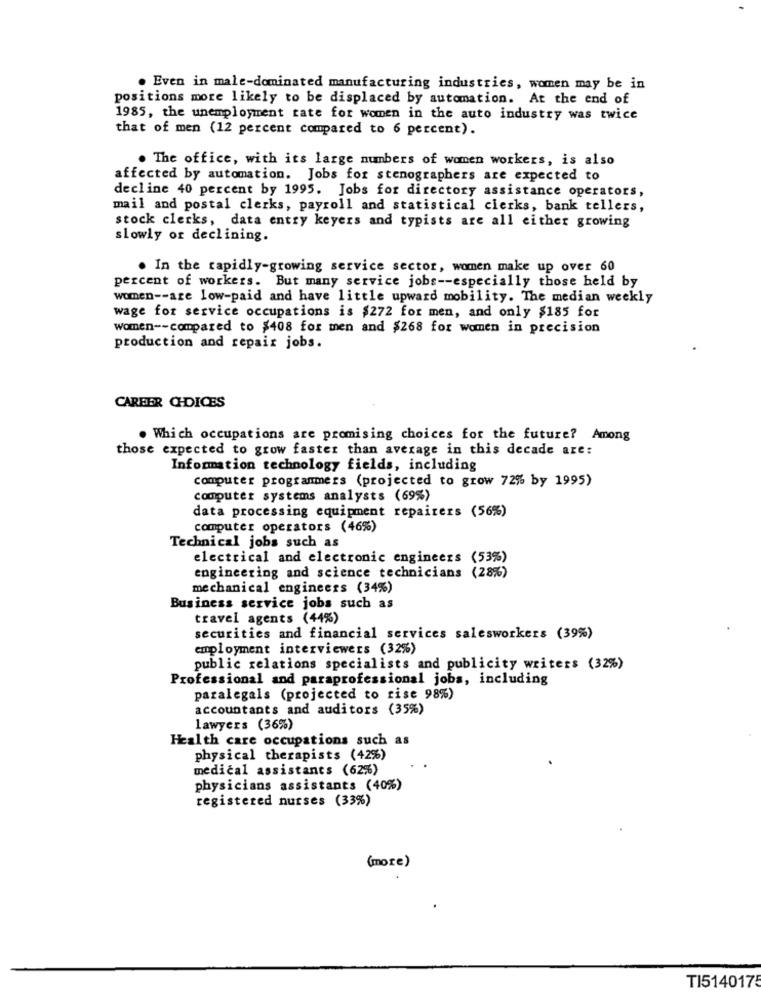
. Even in male-dominated manufacturing industries, women may be in
positions more likely to be displaced by automation. At the end of
1985, the unemployment rate for women in the auto industry was twice
that of men (12 percent compared to 6 percent).
. The office, with its large numbers of women workers, is also
affected by automation. Jobs for stenographers are expected to
decline 40 percent by 1995. Jobs for directory assistance operators,
mail and postal clerks, payroll and statistical clerks, bank tellers,
stock clerks, data entry keyers and typists are all either growing
slowly or declining.
. In the rapidly-growing service sector, women make up over 60
percent of workers. But many service jobs -- especially those held by
women -- are low-paid and have little upward mobility. The median weekly
wage for service occupations is $272 for men, and only $185 for
women -- compared to $408 for men and $268 for women in precision
production and repair jobs.
CAREER CHDICES
. Which occupations are promising choices for the future? Among
those expected to grow faster than average in this decade are:
Information technology fields, including
computer programmers (projected to grow 72% by 1995)
computer systems analysts (69%)
data processing equipment repairers (56%)
computer operators (46%)
Technical jobs such as
electrical and electronic engineers (53%)
engineering and science technicians (28%)
mechanical engineers (34%)
Business service jobs such as
travel agents (44%)
securities and financial services salesworkers (39%)
employment interviewers (32%)
public relations specialists and publicity writers (32%)
Professional and paraprofessional jobs, including
paralegals (projected to rise 98%)
accountants and auditors (35%)
lawyers (36%)
Health care occupations such as
physical therapists (42%)
medical assistants (62%)
physicians assistants (40%)
registered nurses (33%)
(more)
TI5140175